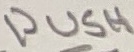
Text: PUSH